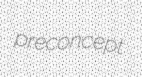
preconcept